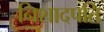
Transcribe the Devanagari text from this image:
निशादपति